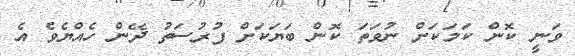
ވަނީ ކޮން ކަމަކަށް ނުވަތަ ކޮން ބަޔަކަށް ފުރުސަތު ދޭން ހެއްޔެވެ އެ